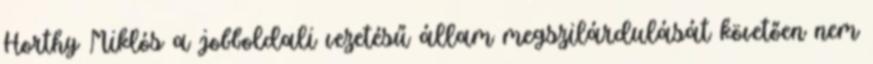
Horthy Miklós a jobboldali vezetésű állam megszilárdulását követően nem